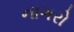
નાગરો